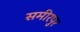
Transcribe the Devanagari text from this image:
समीरपुर